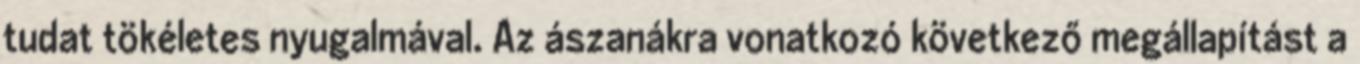
tudat tökéletes nyugalmával. Az ászanákra vonatkozó következő megállapítást a